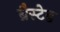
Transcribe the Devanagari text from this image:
ब्रैस्टेड